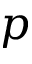
p